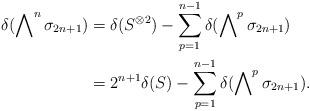
LaTeX: \begin{align*}\delta(\bigwedge\nolimits^n\sigma_{2n+1})&=\delta(S^{\otimes 2})-\sum_{p=1}^{n-1}\delta(\bigwedge\nolimits^p\sigma_{2n+1})\\ &=2^{n+1}\delta(S)-\sum_{p=1}^{n-1}\delta(\bigwedge\nolimits^p\sigma_{2n+1}).\end{align*}